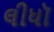
લીધૉ